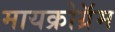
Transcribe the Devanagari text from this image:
मायक्रोग्रॅम